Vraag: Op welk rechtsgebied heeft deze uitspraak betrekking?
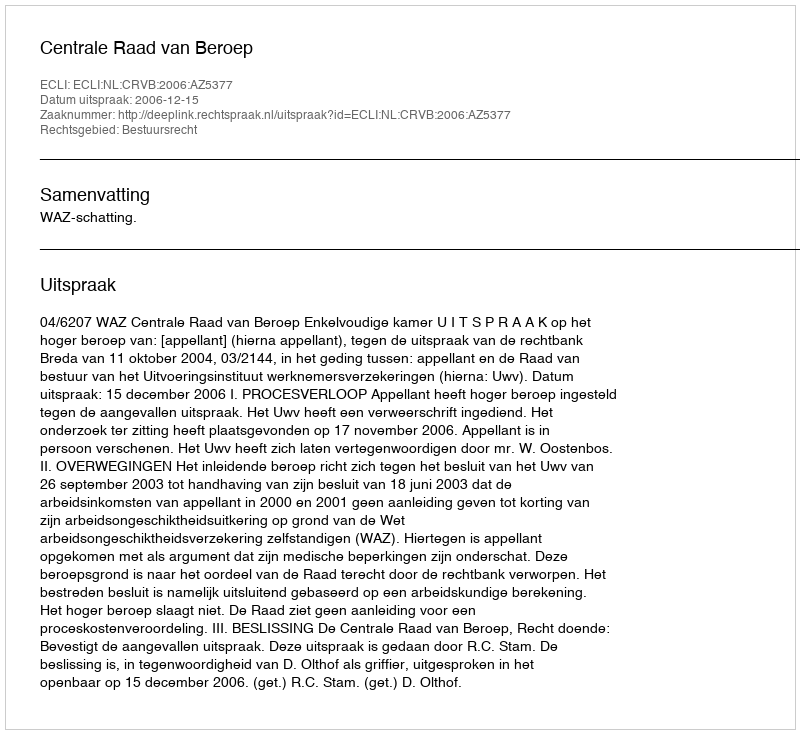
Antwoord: Bestuursrecht